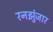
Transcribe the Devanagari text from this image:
रनझुंजार